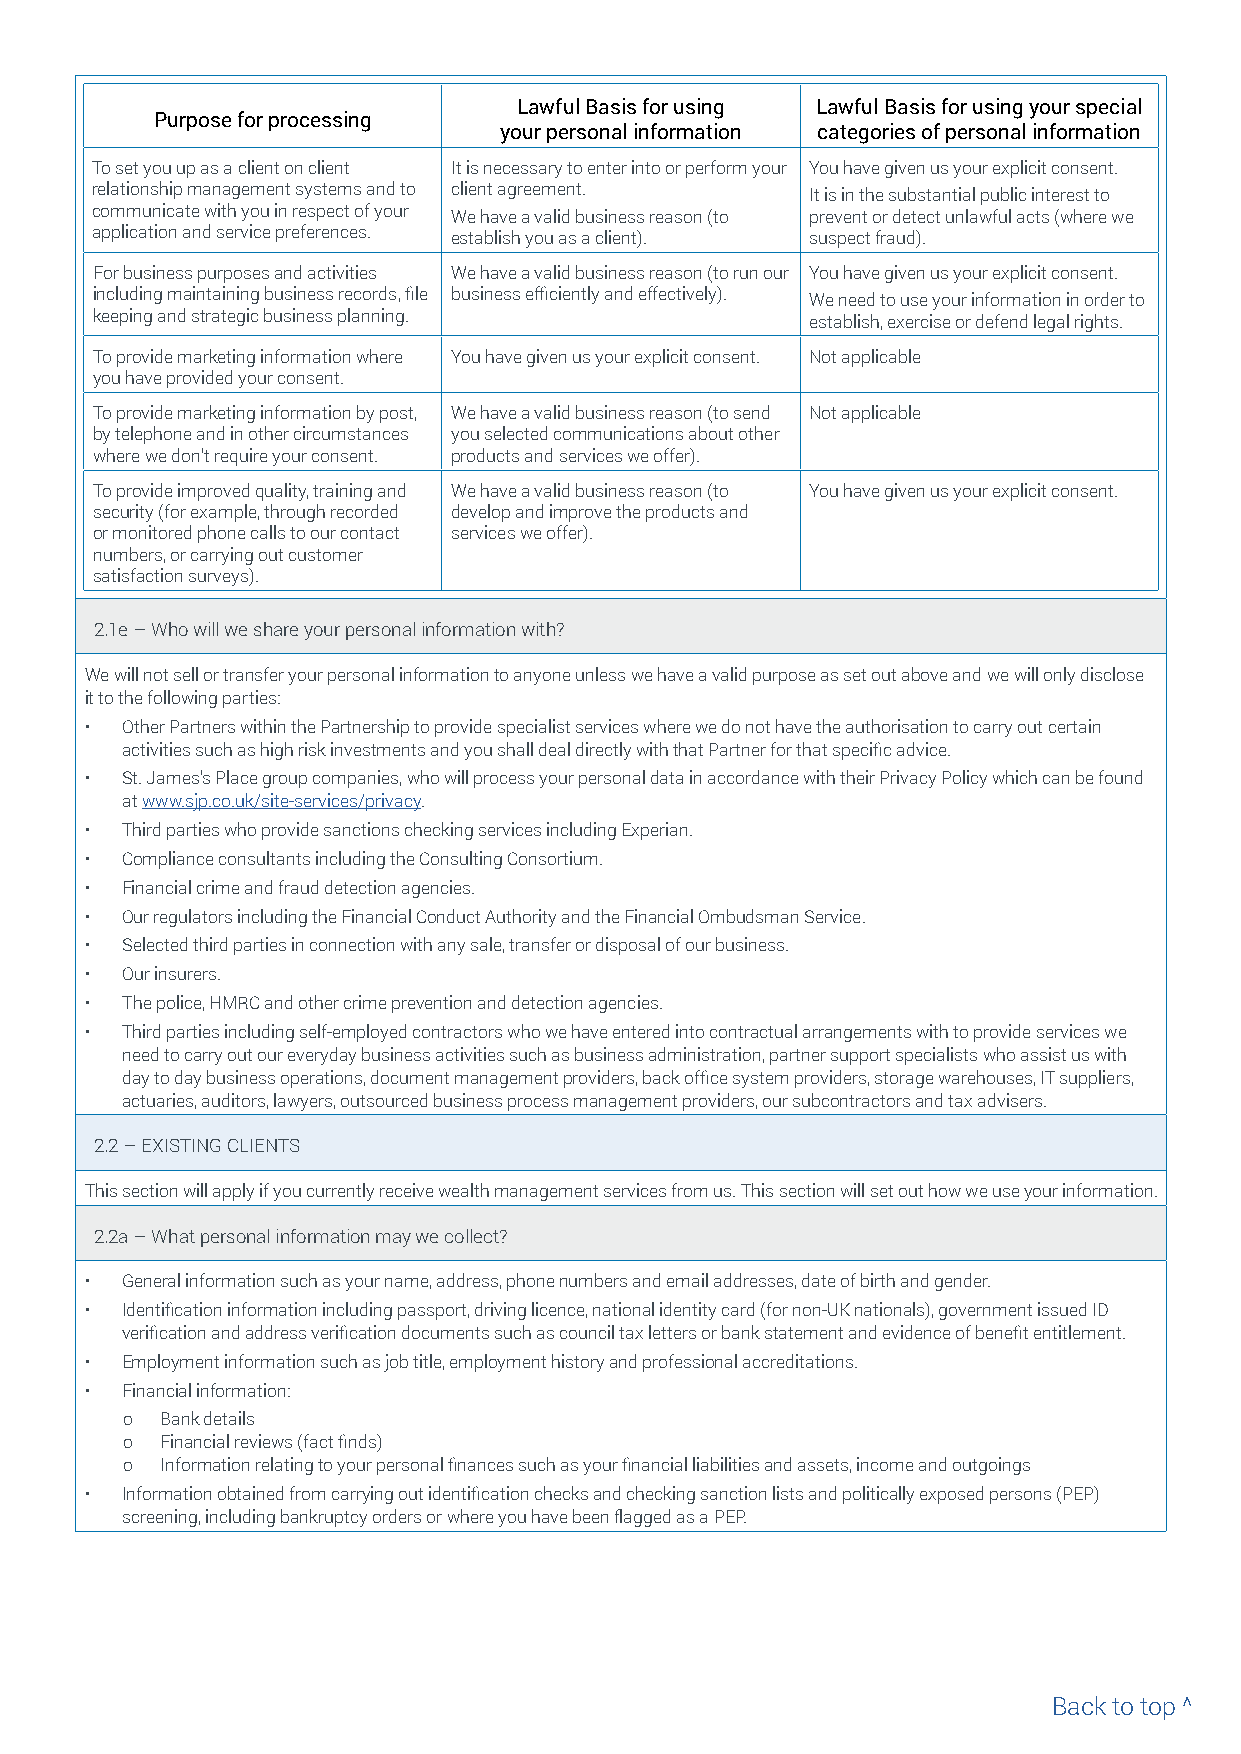
Lawful Basis for using Lawful Basis for using your special
 Purpose for processing
 your personal information categories of personal information
 To set you up as a client on client It is necessary to enter into or perform your You have given us your explicit consent.
 relationship management systems and to client agreement. It is in the substantial public interest to
 communicate with you in respect of your We have a valid business reason (to prevent or detect unlawful acts (where we
 application and service preferences. establish you as a client). suspect fraud).
 For business purposes and activities We have a valid business reason (to run our You have given us your explicit consent.
 including maintaining business records, file business efficiently and effectively). We need to use your information in order to
 keeping and strategic business planning.        establish, exercise or defend legal rights.
 To provide marketing information where You have given us your explicit consent. Not applicable
 you have provided your consent.
 To provide marketing information by post, We have a valid business reason (to send Not applicable
 by telephone and in other circumstances you selected communications about other
 where we don’t require your consent. products and services we offer).
 To provide improved quality, training and We have a valid business reason (to You have given us your explicit consent.
 security (for example, through recorded develop and improve the products and
 or monitored phone calls to our contact services we offer).
 numbers, or carrying out customer
 satisfaction surveys).
 2.1e – Who will we share your personal information with?
 We will not sell or transfer your personal information to anyone unless we have a valid purpose as set out above and we will only disclose
 it to the following parties:
 • Other Partners within the Partnership to provide specialist services where we do not have the authorisation to carry out certain
 activities such as high risk investments and you shall deal directly with that Partner for that specific advice.
 • St. James’s Place group companies, who will process your personal data in accordance with their Privacy Policy which can be found
 at www.sjp.co.uk/site-services/privacy.
 • Third parties who provide sanctions checking services including Experian.
 • Compliance consultants including the Consulting Consortium.
 • Financial crime and fraud detection agencies.
 • Our regulators including the Financial Conduct Authority and the Financial Ombudsman Service.
 • Selected third parties in connection with any sale, transfer or disposal of our business.
 • Our insurers.
 • The police, HMRC and other crime prevention and detection agencies.
 • Third parties including self-employed contractors who we have entered into contractual arrangements with to provide services we
 need to carry out our everyday business activities such as business administration, partner support specialists who assist us with
 day to day business operations, document management providers, back office system providers, storage warehouses, IT suppliers,
 actuaries, auditors, lawyers, outsourced business process management providers, our subcontractors and tax advisers.
 2.2 – EXISTING CLIENTS
 This section will apply if you currently receive wealth management services from us. This section will set out how we use your information.
 2.2a – What personal information may we collect?
 • General information such as your name, address, phone numbers and email addresses, date of birth and gender.
 • Identification information including passport, driving licence, national identity card (for non-UK nationals), government issued ID
 verification and address verification documents such as council tax letters or bank statement and evidence of benefit entitlement.
 • Employment information such as job title, employment history and professional accreditations.
 • Financial information:
 о  Bank details
 о  Financial reviews (fact finds)
 о  Information relating to your personal finances such as your financial liabilities and assets, income and outgoings
 • Information obtained from carrying out identification checks and checking sanction lists and politically exposed persons (PEP)
 screening, including bankruptcy orders or where you have been flagged as a PEP.
 Back to top ^